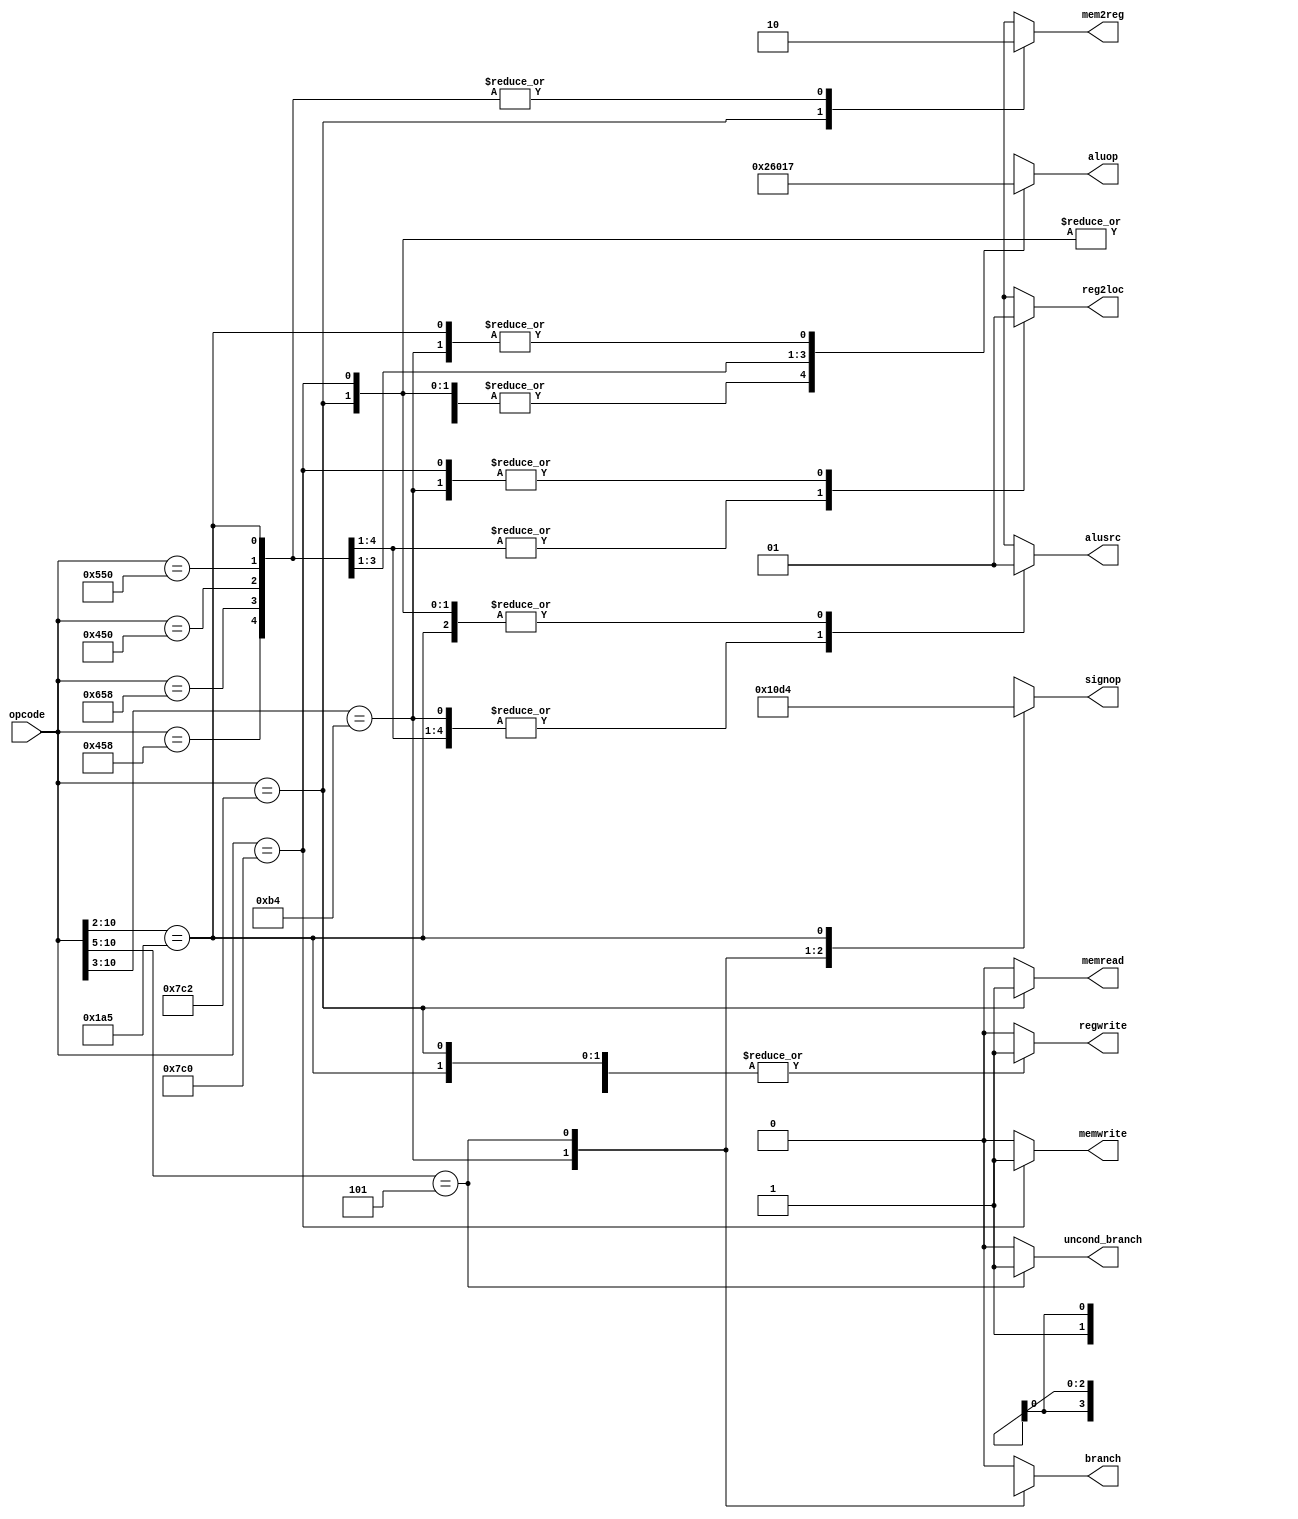
`define OPCODE_ANDREG 11'b?0001010???
`define OPCODE_ORRREG 11'b?0101010???
`define OPCODE_ADDREG 11'b?0?01011???
`define OPCODE_SUBREG 11'b?1?01011???

`define OPCODE_ADDIMM 11'b?0?10001???
`define OPCODE_SUBIMM 11'b?1?10001???

`define OPCODE_MOVZ   11'b110100101??

`define OPCODE_B      11'b?00101?????
`define OPCODE_CBZ    11'b?011010????

`define OPCODE_LDUR   11'b??111000010
`define OPCODE_STUR   11'b??111000000

module control(
	       output reg 	reg2loc,
	       output reg 	alusrc,
	       output reg 	mem2reg,
	       output reg 	regwrite,
	       output reg 	memread,
	       output reg 	memwrite,
	       output reg 	branch,
	       output reg 	uncond_branch,
	       output reg [3:0] aluop,
	       output reg [2:0] signop,
	       input [10:0] 	opcode
	       );

   always @(*)
     begin
	casez (opcode)

          /* Add cases here for each instruction your processor supports */
	  11'b11111000010: begin //lDUR
	  {reg2loc,uncond_branch, branch,memread, mem2reg} = {1'bx, 1'b0,1'b0,1'b1,1'b1};
	  {memwrite, alusrc, regwrite, aluop, signop} ={1'b0,1'b1,1'b1, 4'b0010, 3'b001};
	  
	  end
	  11'b11111000000: begin //STUR
	  {reg2loc,uncond_branch, branch,memread, mem2reg} = {1'b1, 1'b0,1'b0,1'b0,1'bx};
	  {memwrite, alusrc, regwrite, aluop, signop} ={1'b1,1'b1,1'b0, 4'b0010, 3'b001};
	  
	  end
	  11'b10001011000: begin// ADD
	  {reg2loc,uncond_branch, branch,memread, mem2reg} = {1'b0, 1'b0,1'b0,1'b0,1'b0};
	  {memwrite, alusrc, regwrite, aluop, signop} ={1'b0,1'b0,1'b1, 4'b0010, 3'b000};
	  
	  end
	  11'b11001011000: begin // SUB
	  {reg2loc,uncond_branch, branch,memread, mem2reg} = {1'b0, 1'b0,1'b0,1'b0,1'b0};
	  {memwrite, alusrc, regwrite, aluop, signop} ={1'b0,1'b0,1'b1, 4'b0110, 3'b000};
	  
	  end
	  11'b10001010000: begin  // AND
	  {reg2loc,uncond_branch, branch,memread, mem2reg} = {1'b0, 1'b0,1'b0,1'b0,1'b0};
	  {memwrite, alusrc, regwrite, aluop, signop} ={1'b0,1'b0,1'b1, 4'b0000, 3'b000};
	  end
	  11'b10101010000: begin //ORR
	  {reg2loc,uncond_branch, branch,memread, mem2reg} = {1'b0, 1'b0,1'b0,1'b0,1'b0};
	  {memwrite, alusrc, regwrite, aluop, signop} ={1'b0,1'b0,1'b1, 4'b0001, 3'b000};
	  end
	  11'b10110100???: begin // CBZ
	  {reg2loc,uncond_branch, branch,memread, mem2reg} = {1'b1, 1'b0,1'b1,1'b0,1'bx};
	  {memwrite, alusrc, regwrite, aluop, signop} ={1'b0,1'b0,1'b0, 4'b0111, 3'b011};
	  end
	  11'b000101?????: begin //B
	  {reg2loc,uncond_branch, branch,memread, mem2reg} = {1'bx, 1'b1,1'bx,1'b0,1'bx};
	  {memwrite, alusrc, regwrite, aluop, signop} ={1'b0,1'bx,1'b0, 4'bxxxx, 3'b010};
	  end
	  11'b110100101??: begin //MOVZ
	  {reg2loc,uncond_branch, branch,memread, mem2reg} = {1'bx, 1'b0,1'b0,1'b0,1'b0};
	  {memwrite, alusrc, regwrite, aluop, signop} ={1'b0,1'b1,1'b1, 4'b0111, 3'b100};
	  end
	       
          default:
            begin
               reg2loc       = 1'bx;
               alusrc        = 1'bx;
               mem2reg       = 1'bx;
               regwrite      = 1'b0;
               memread       = 1'b0;
               memwrite      = 1'b0;
               branch        = 1'b0;
               uncond_branch = 1'b0;
               aluop         = 4'bxxxx;
               signop        = 3'bxxx;
            end
	endcase
     end

endmodule